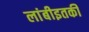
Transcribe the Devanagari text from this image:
लांबीइतकी